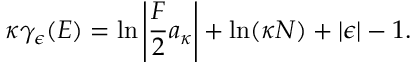
\kappa \gamma _ { \epsilon } ( E ) = \ln \left| \frac { F } { 2 } a _ { \kappa } \right| + \ln ( \kappa N ) + | \epsilon | - 1 .